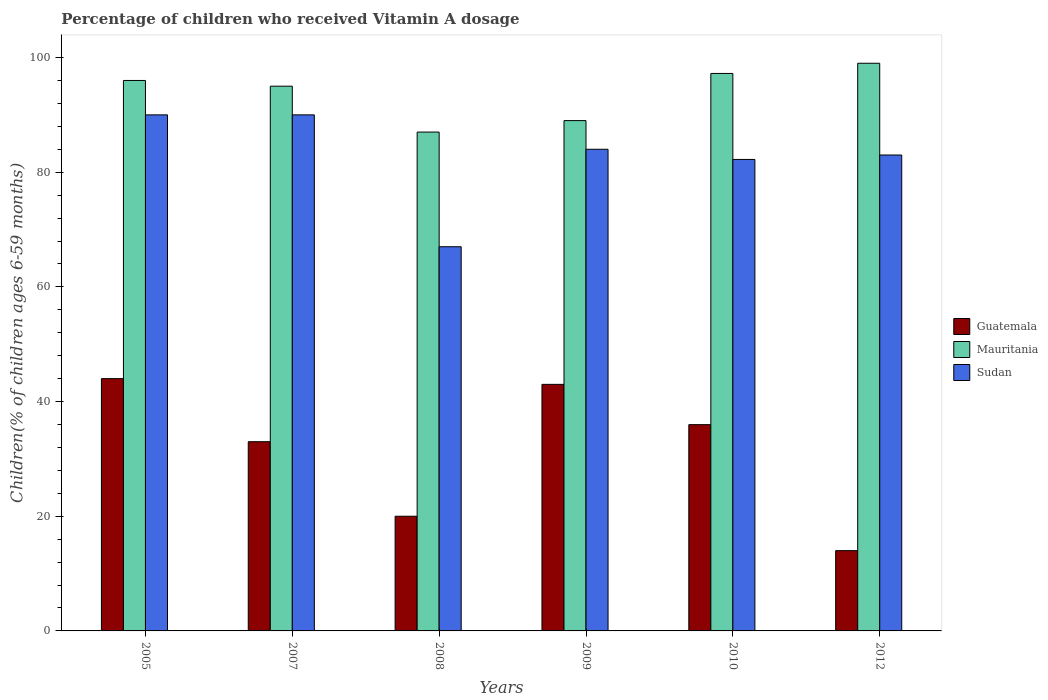
| Years | Guatemala | Mauritania | Sudan |
 | --- | --- | --- | --- |
 | 2005 | 44 | 96 | 90 |
 | 2007 | 33 | 95 | 90 |
 | 2008 | 20 | 87 | 67 |
 | 2009 | 43 | 89 | 84 |
 | 2010 | 36 | 97.2 | 82.2 |
 | 2012 | 14 | 99 | 83 |